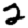
Digit: 2